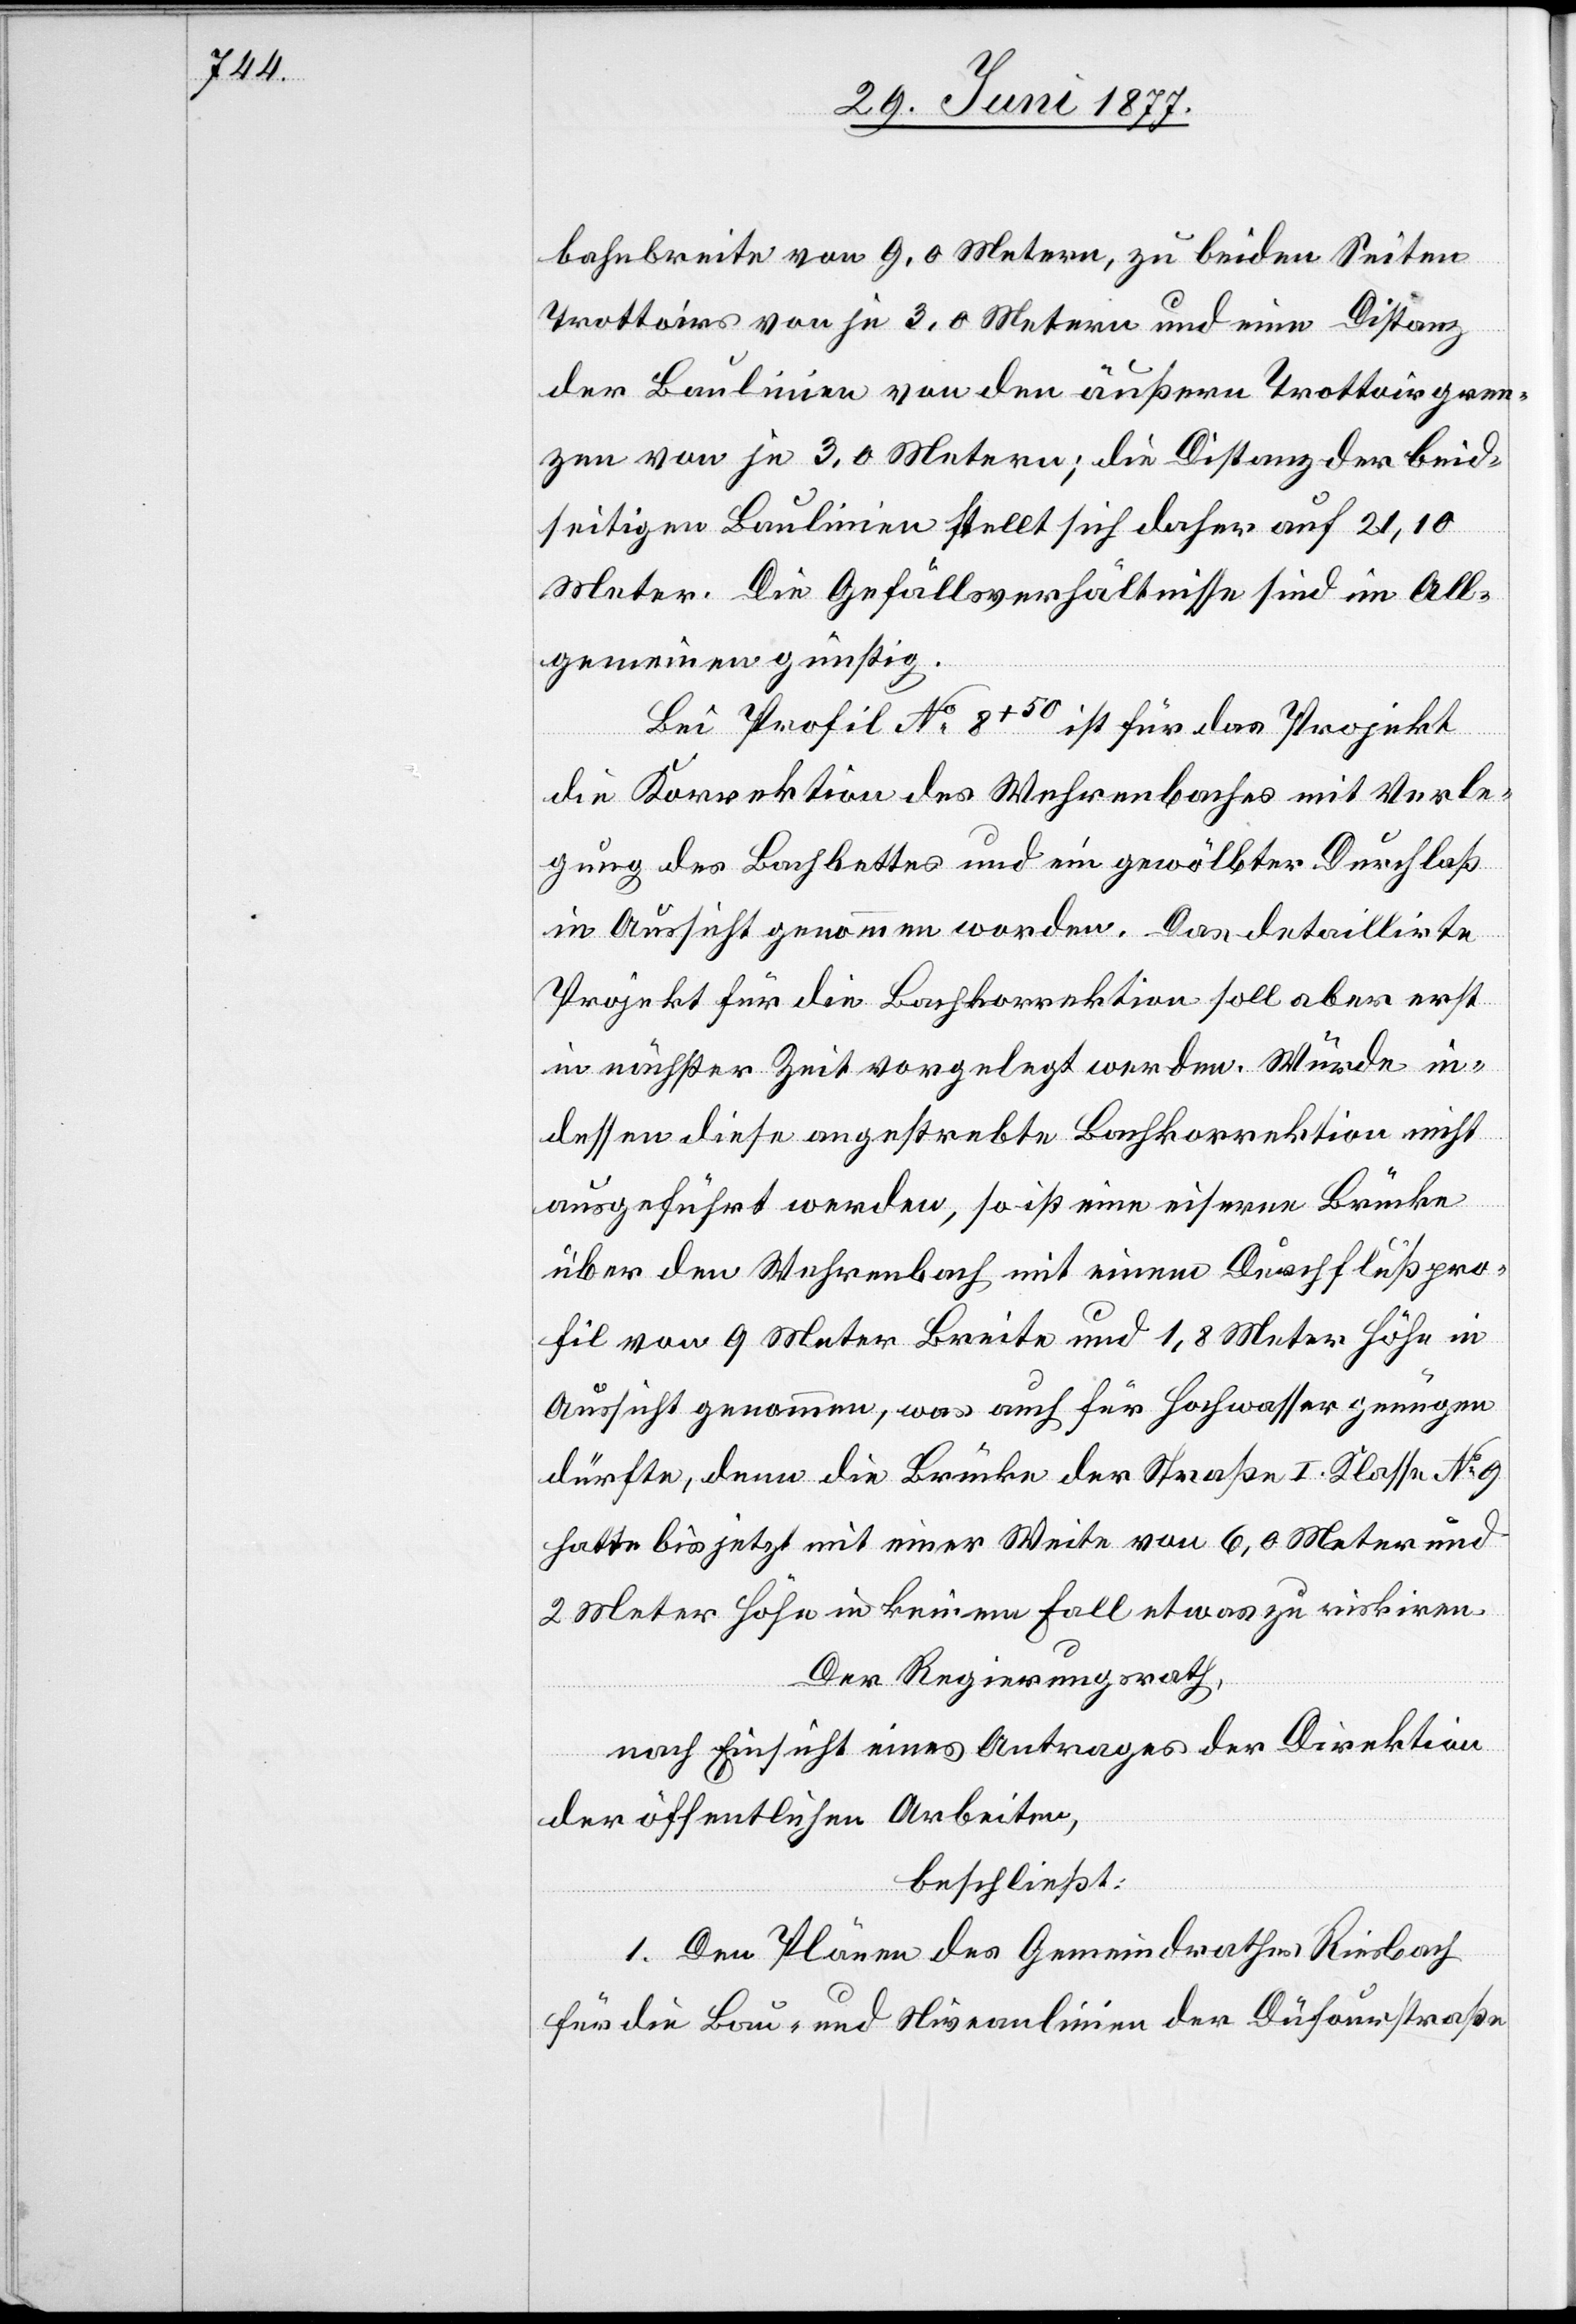
bahnbreite von 9.0 Metern, zu beiden Seiten
Trottiors von je 3.0 Metern und eine Distanz
der Baulinie von den äußern Trottoirgren¬
zen von je 3.0 Metern; die Distanz der beid¬
seitigen Baulinie stellt sich daher auf 21,10
Meter. Die Gefällsverhältnisse sind im All¬
gemeinen günstig.
Bei Profil No 8+50
ist für das Projekt
die Korrektion des Wehrenbaches mit Verle¬
gung des Bachbettes und ein gewölbter Durchlaß
in Aussicht genommen worden. Das detaillirte
Projekt für die Bachkorrektion soll aber erst
in nächster Zeit vorgelegt werden. Würde in¬
dessen diese angestrebte Bachkorrektion nicht
ausgeführt werden, so ist eine eiserne Brücke
über den Wehrenbach mit einem Durchflußpro¬
fil von 9 Meter Breite und 1,8 Meter Höhe in
Aussicht genommen, was auch für Hochwasser genügen
dürfte, denn die Brücke der Straße I. Klasse No 9
hatte bis jetzt mit einer Weite von 6,0 Meter und
2 Meter Höhe in keinem Fall etwas zu riskiren.
Der Regierungsrath,
nach Einsicht eines Antrages der Direktion
der öffentlichen Arbeiten,
beschließt:
1. Den Plänen des Gemeindrathes Riesbach
für die Bau- und Niveaulinien der Düfourstraße